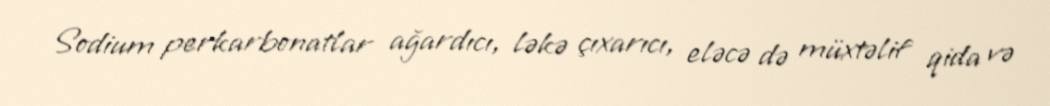
Sodium perkarbonatlar ağardıcı, ləkə çıxarıcı, eləcə də müxtəlif qida və